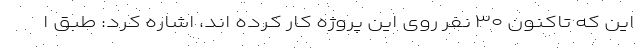
این که تاکنون ۳۰ نفر روی این پروژه کار کرده اند، اشاره کرد: طبق ا